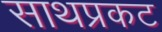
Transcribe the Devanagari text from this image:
साथप्रकट